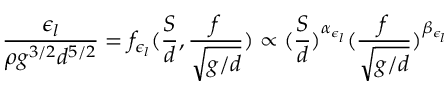
\frac { \epsilon _ { l } } { \rho g ^ { 3 / 2 } d ^ { 5 / 2 } } = f _ { \epsilon _ { l } } ( \frac { S } { d } , \frac { f } { \sqrt { g / d } } ) \propto ( \frac { S } { d } ) ^ { \alpha _ { \epsilon _ { l } } } ( \frac { f } { \sqrt { g / d } } ) ^ { \beta _ { \epsilon _ { l } } }